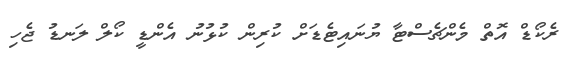
ރެކޯޑް އޮތް މެންޗެސްޓާ ޔުނައިޓެޑަށް ކުރިން ކުޅުނު އެންޑީ ކޯލް ލަނޑު ޖެހި